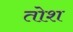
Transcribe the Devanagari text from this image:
तोश